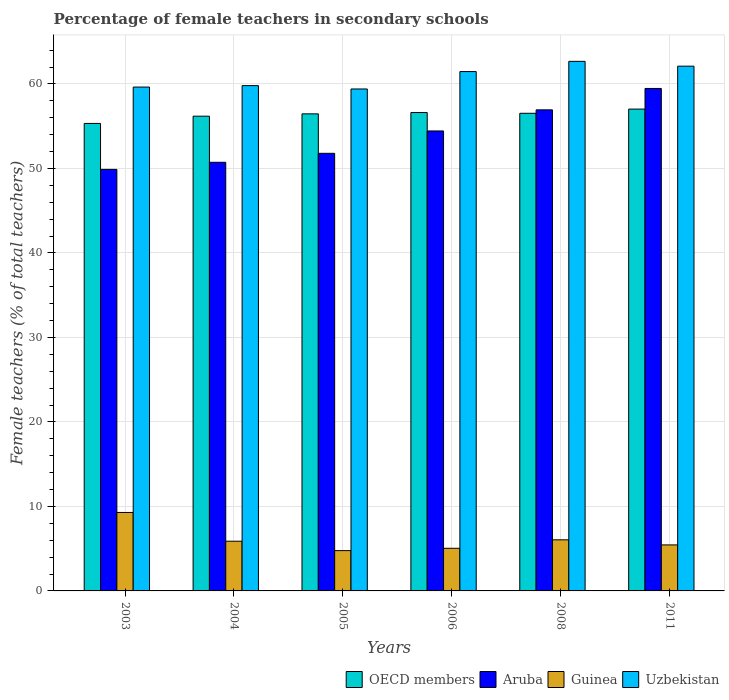
| Years | OECD members | Aruba | Guinea | Uzbekistan |
 | --- | --- | --- | --- | --- |
 | 2003 | 55.3 | 49.9 | 9.29 | 59.6 |
 | 2004 | 56.2 | 50.7 | 5.88 | 59.8 |
 | 2005 | 56.5 | 51.8 | 4.77 | 59.4 |
 | 2006 | 56.6 | 54.4 | 5.05 | 61.5 |
 | 2008 | 56.5 | 56.9 | 6.05 | 62.7 |
 | 2011 | 57 | 59.5 | 5.44 | 62.1 |